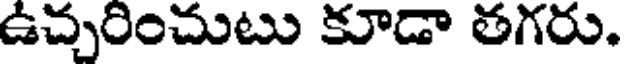
ఉచ్చరించుటు కూడా తగరు.